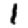
Digit: 1